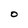
Character: O